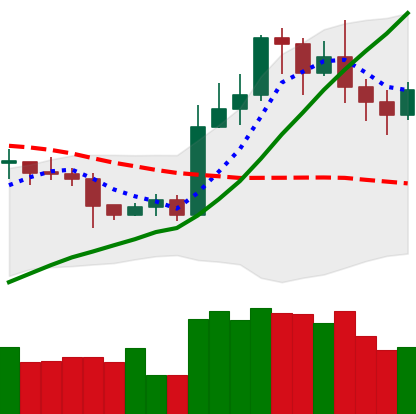
Ticker: LTC-USD
Chart end date: 2020-10-31
Forward return: 5.555%
Label: up_5_7